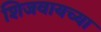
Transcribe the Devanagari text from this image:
शिजवायच्या